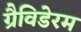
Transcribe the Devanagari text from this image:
ग्रैविडेरम